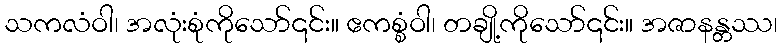
သကလံဝါ၊ အလုံးစုံကိုသော်၎င်း။ ဧကစ္စံဝါ၊ တချို့ကိုသော်၎င်း။ အဇာနန္တဿ၊